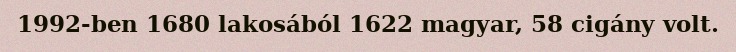
1992-ben 1680 lakosából 1622 magyar, 58 cigány volt.